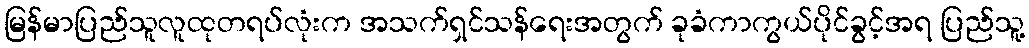
မြန်မာပြည်သူလူထုတရပ်လုံးက အသက်ရှင်သန်ရေးအတွက် ခုခံကာကွယ်ပိုင်ခွင့်အရ ပြည်သူ့